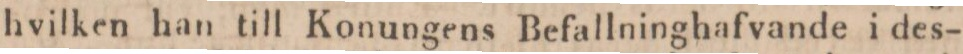
hvilken han till Konungens Befallninghafvande i des-